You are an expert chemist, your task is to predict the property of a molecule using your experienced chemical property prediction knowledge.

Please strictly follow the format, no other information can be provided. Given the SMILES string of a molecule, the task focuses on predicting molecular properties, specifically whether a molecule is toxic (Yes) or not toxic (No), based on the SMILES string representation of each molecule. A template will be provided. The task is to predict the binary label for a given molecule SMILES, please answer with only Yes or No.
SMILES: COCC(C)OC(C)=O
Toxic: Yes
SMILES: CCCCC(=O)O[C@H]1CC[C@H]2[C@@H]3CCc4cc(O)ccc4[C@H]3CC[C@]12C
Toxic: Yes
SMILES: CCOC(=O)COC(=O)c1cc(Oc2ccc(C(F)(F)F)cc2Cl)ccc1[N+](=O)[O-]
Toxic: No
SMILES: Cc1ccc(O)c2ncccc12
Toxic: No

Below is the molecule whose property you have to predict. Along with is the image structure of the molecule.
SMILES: CNc1ccc(O)cc1.CNc1ccc(O)cc1
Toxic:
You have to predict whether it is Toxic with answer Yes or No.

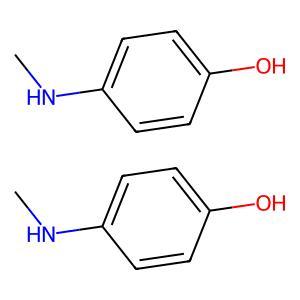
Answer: No